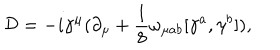
{ \cal D } = - i { \gamma } ^ { \mu } ( { \partial } _ { \mu } + \frac { 1 } { 8 } { \omega } _ { { \mu } a b } [ { \gamma } ^ { a } , { \gamma } ^ { b } ] ) ,